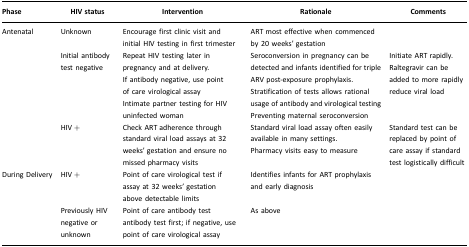
<table><thead><tr><td><b>Phase</b></td><td><b>HIV status</b></td><td><b>Intervention</b></td><td><b>Rationale</b></td><td><b>Comments</b></td></tr></thead><tbody><tr><td>Antenatal</td><td>Unknown</td><td>Encourage first clinic visit and initial HIV testing in first trimester</td><td>ART most effective when commenced by 20 weeks’ gestation</td><td></td></tr><tr><td></td><td>Initial antibody test negative</td><td>Repeat HIV testing later in pregnancy and at delivery.If antibody negative, use point of care virological assayIntimate partner testing for HIV uninfected woman</td><td>Seroconversion in pregnancy can be detected and infants identified for triple ARV post-exposure prophylaxis.Stratification of tests allows rational usage of antibody and virological testingPreventing maternal seroconversion</td><td>Initiate ART rapidly. Raltegravir can be added to more rapidly reduce viral load</td></tr><tr><td></td><td>HIV +</td><td>Check ART adherence through standard viral load assays at 32 weeks’ gestation and ensure no missed pharmacy visits</td><td>Standard viral load assay often easily available in many settings.Pharmacy visits easy to measure</td><td>Standard test can be replaced by point of care assay if standard test logistically difficult</td></tr><tr><td>During Delivery</td><td>HIV+</td><td>Point of care virological test if assay at 32 weeks’ gestation above detectable limits</td><td>Identifies infants for ART prophylaxis and early diagnosis</td><td></td></tr><tr><td></td><td>Previously HIV negative or unknown</td><td>Point of care antibody test antibody test first; if negative, use point of care virological assay</td><td>As above</td><td></td></tr></tbody></table>